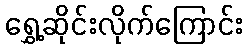
ရွှေ့ဆိုင်းလိုက်ကြောင်း